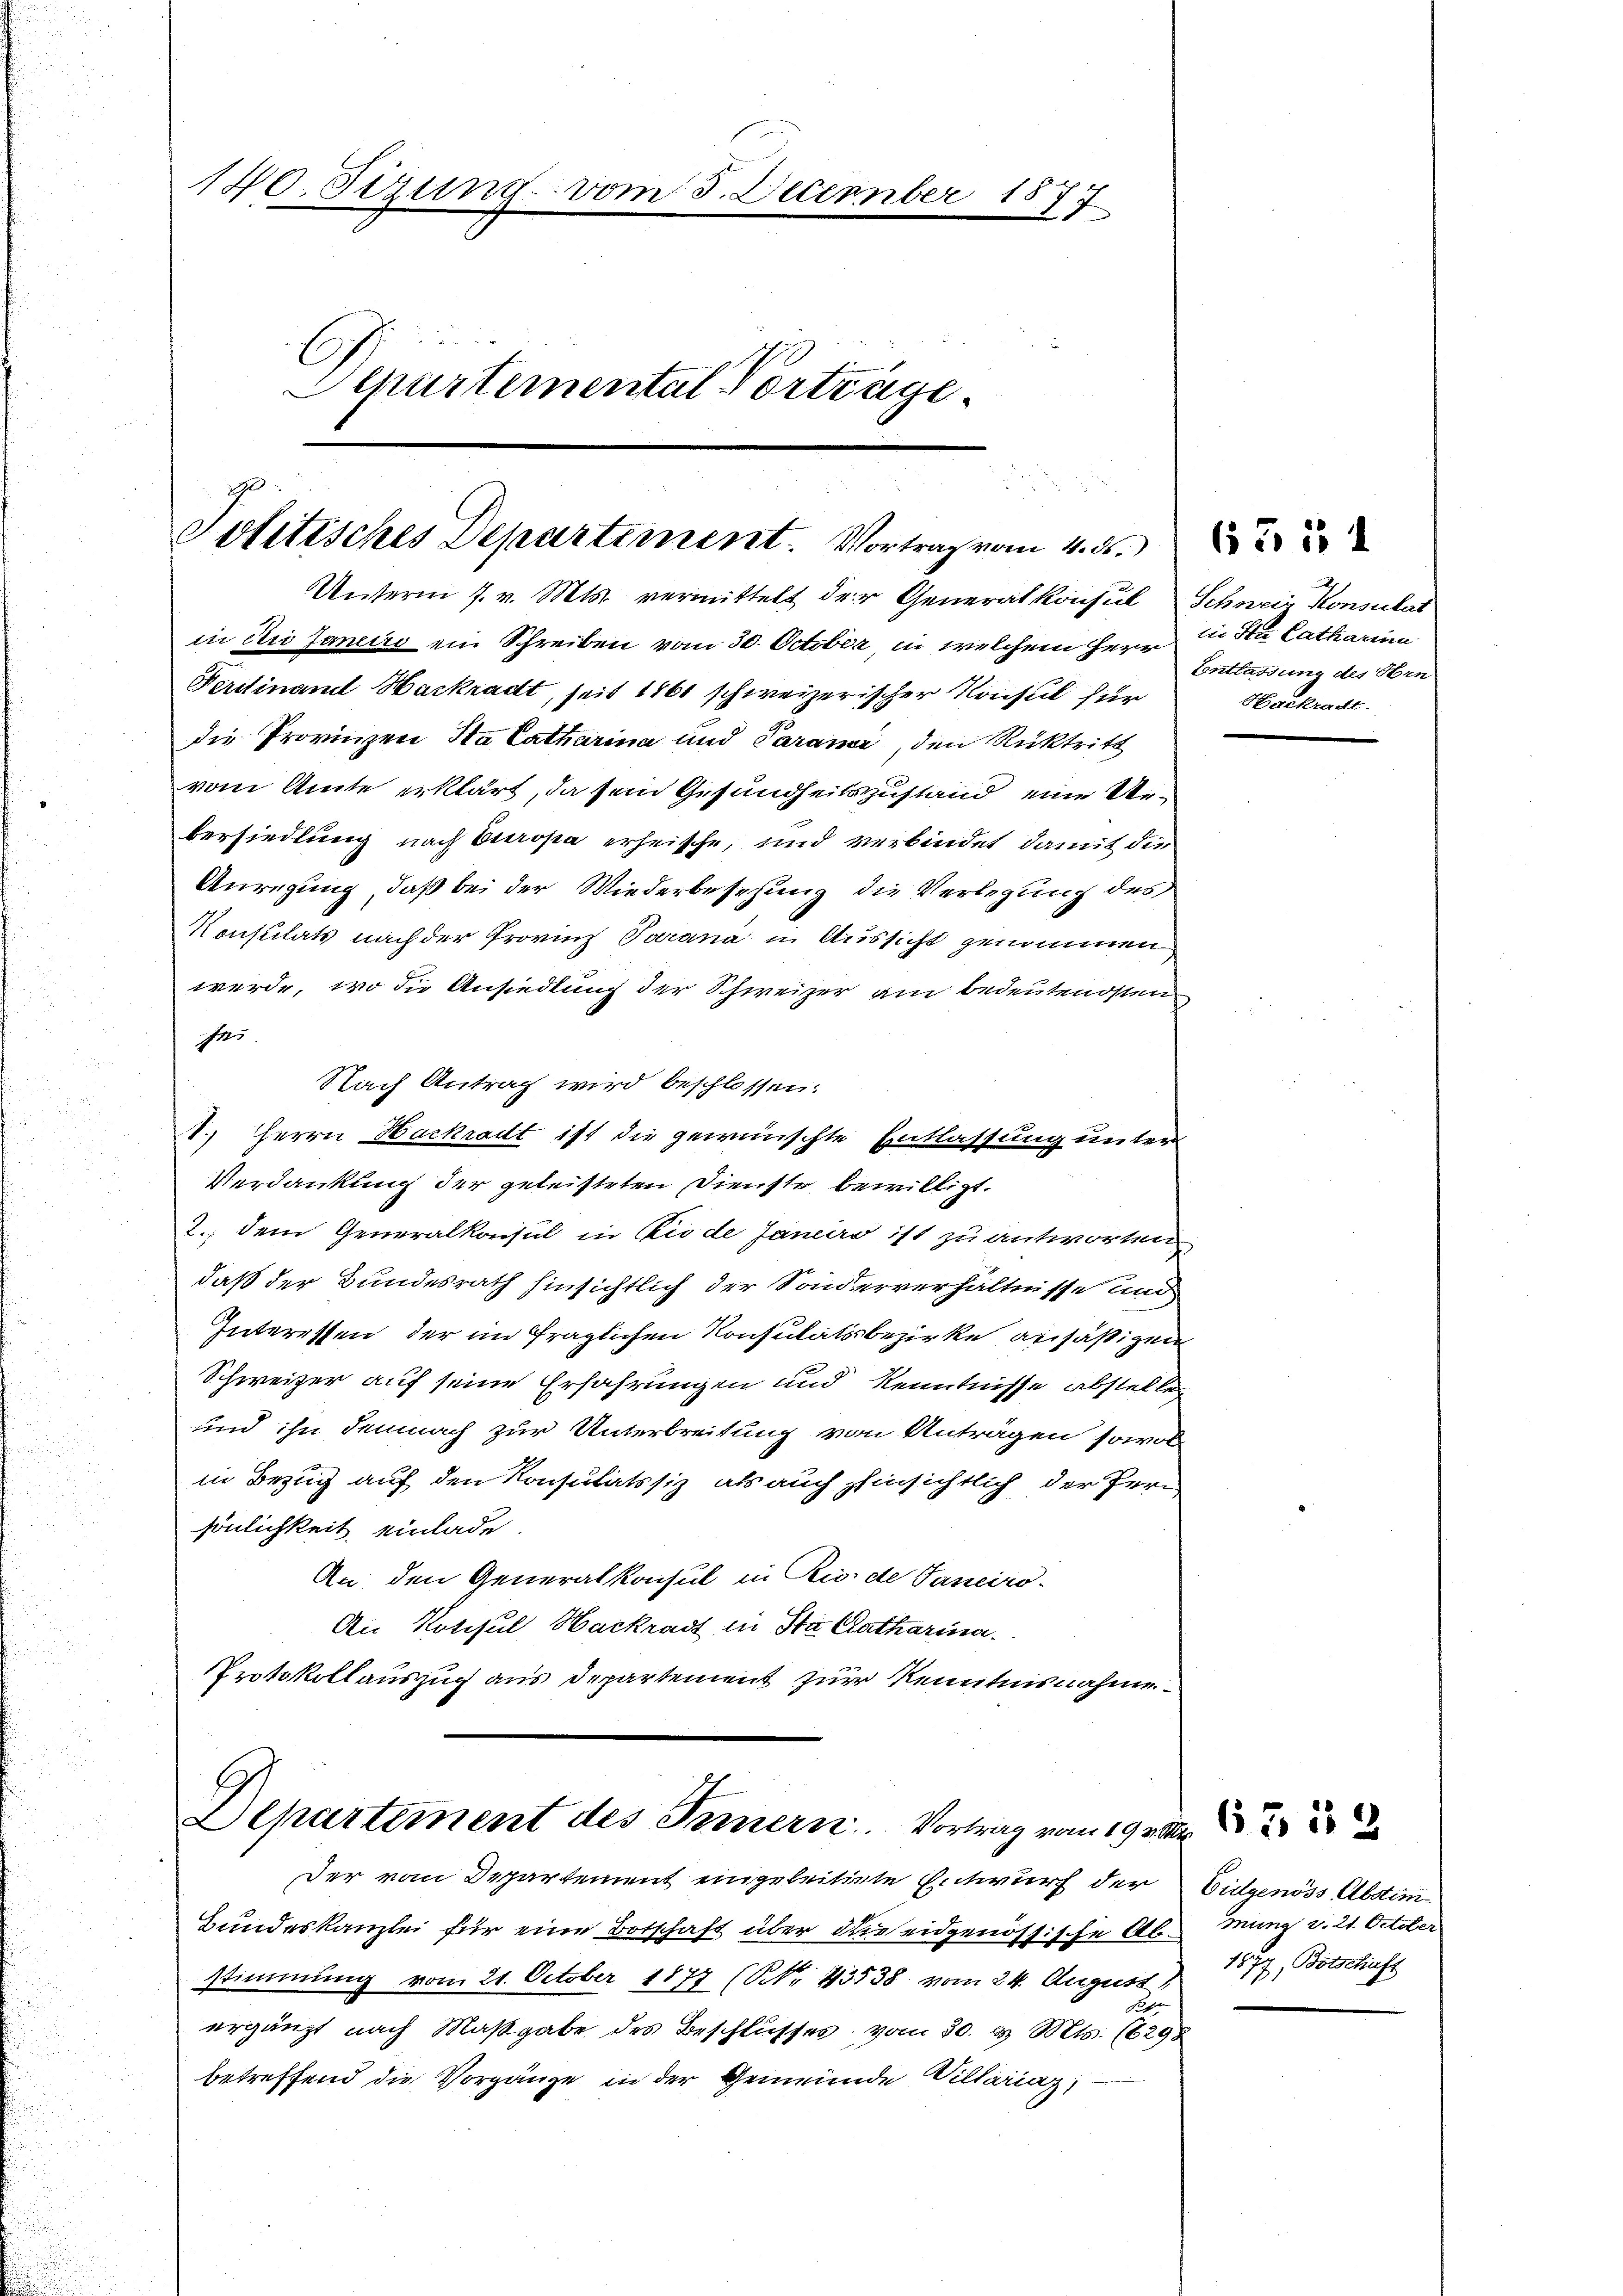
140. Sizung vom 3. December 1877
Aepartemental Vorträge.

.
Politisches Departement. Vortrag vom 4. ds.

Unterm 7. v. Mts. vermittelt der Generalkonsul Schneie Konsulat
in die Janeiro ein Schreiben vom 30. October, in welchem Herr
Fertinand Hackradt, seit 1861 schweizerischer Konsul für
die Provinzen Ha Catharina und Carami, den Rücktritt
vom Amte erklärt, da sein Gesundheitszustand eine Unbersiedlung nach Europa erheische, und verbindet, damit die
Anregung, daß bei der Wiederbesehung die Verlegung des
Konstilats nach der Provinz Parana in Aussicht genommen
werde, wo die Ansiedlung der Schweizer am bedeutendsten
Ja
Nach Antrag wird beschlossen.
1.) Herrn Hackradt ist die gewünschte Entlassung unter
Verdankung der geleisteten Dienste bewilligt.
2.) dem Generalkonsul in Kinde Janeiro ist zu antworten
daß der Bundesrath hinsichtlich der Sonderverhältnisse und
Interessen, der im fraglichen Konsulatsbezirke ansäßigen
Schweizer auf seine Erfahrungen und Kenntnisse abstellen
und ihn demnach zur Unterbreitung von Anträgen sowol
in Bezug auf den Konsulatssiz, als auch hinsichtlich der Peri
sönlichkeit einlade.
An den Generalkonsul in Rio de Janeiro-
An Notisul Hackradt in Ha Katharina.
Protokollauszug aus Departement zur Kenntnisnahme

Departement des Innern. Vortrag vom 19. v. M

Bundeskanzlei für eine Botschaft über die eidgenössische Ab-Mung v. 21. October
stimmung vom 21. October 1877 (NNo. 43538 vom 24. August 1877, Botschaft

ergänzt nach Maßgabe des Beschlusses vom 30. d. Mts. (6298
betreffend die Vorgänge in der Gemeinde Villariaz;

Der vom Departement eingeleitigte Entwurf der

iie Ster Catharina
Entlassung des Hrn
Hockradt

655 1

Gülgenöss Abstim

65 113